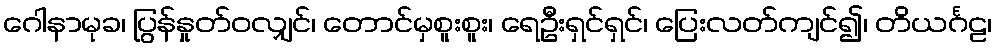
ဂေါနာမုခ၊ ပြွန်နှုတ်ဝလျှင်၊ တောင်မှစူးစူး၊ ရေဦးရှင်ရှင်၊ ပြေးလတ်ကျင်၍၊ တိယင်္ဂဠ၊